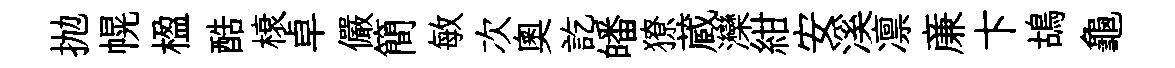
抛幌楹酷榱卓儼簡敏次奥訖皤獠蔵灤紺安溪凛亷卞鴣龜